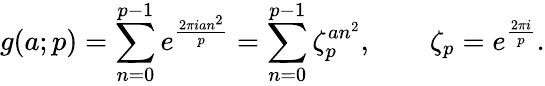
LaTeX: g(a;p)=\sum_{n=0}^{p-1}e^{\frac{2\pi ian^{2}}{p}}=\sum_{n=0}^{p-1}\zeta_{p}^{an^{2}},\qquad\zeta_{p}=e^{\frac{2\pi i}{p}}.